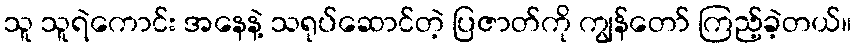
သူ သူရဲကောင်း အနေနဲ့ သရုပ်ဆောင်တဲ့ ပြဇာတ်ကို ကျွန်တော် ကြည့်ခဲ့တယ်။